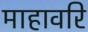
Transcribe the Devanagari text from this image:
माहावरि